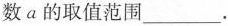
数a的取值范围___.